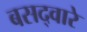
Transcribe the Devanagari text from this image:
बसद्वारे